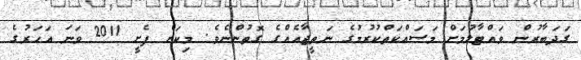
ގަދަބާރުން ވައްޓާލުމަށް މަސައްކަތްކުރުމުގެ ނަތީޖާއެއްގެ ގޮތުންނެވެ. މިކަން ފެށީ 2011 ވަނަ އަހަރުގެ